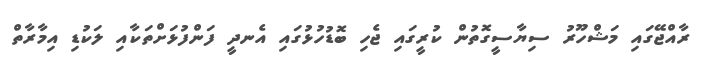
ރާއްޖޭގައި މަޝްހޫރު ސިޔާސީގޮތުން ކުރީގައި ޖެހި ބޮޑުހުޅުގައި އެނދީ ފަންފުޅަށްތަކާއި ލަކުޑި އިމާރާތް